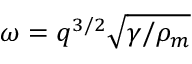
\omega = q ^ { 3 / 2 } \sqrt { \gamma / \rho _ { m } }